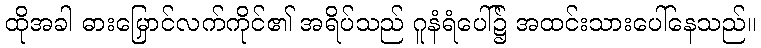
ထိုအခါ ဓားမြှောင်လက်ကိုင်၏ အရိပ်သည် ဂူနံရံပေါ်၌ အထင်းသားပေါ်နေသည်။